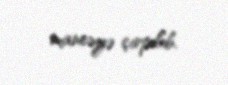
maneəyə çırpılıb.